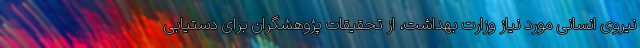
نیروی انسانی مورد نیاز وزارت بهداشت، از تحقیقات پژوهشگران برای دستیابی